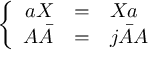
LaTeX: \left\{ \begin{array} { r c l } { { a { \cal X } } } & { { = } } & { { { \cal X } a } } \\ { { A \bar { A } } } & { { = } } & { { j \bar { A } A } } \end{array} \right.